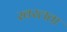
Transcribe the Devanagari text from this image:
स्वरलता